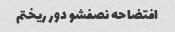
افتضاحه نصفشو دور ریختم